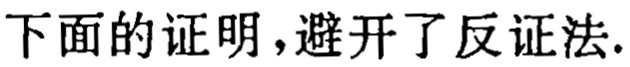
下面的证明，避开了反证法.